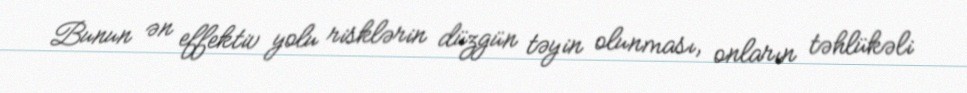
Bunun ən effektiv yolu risklərin düzgün təyin olunması, onların təhlükəli